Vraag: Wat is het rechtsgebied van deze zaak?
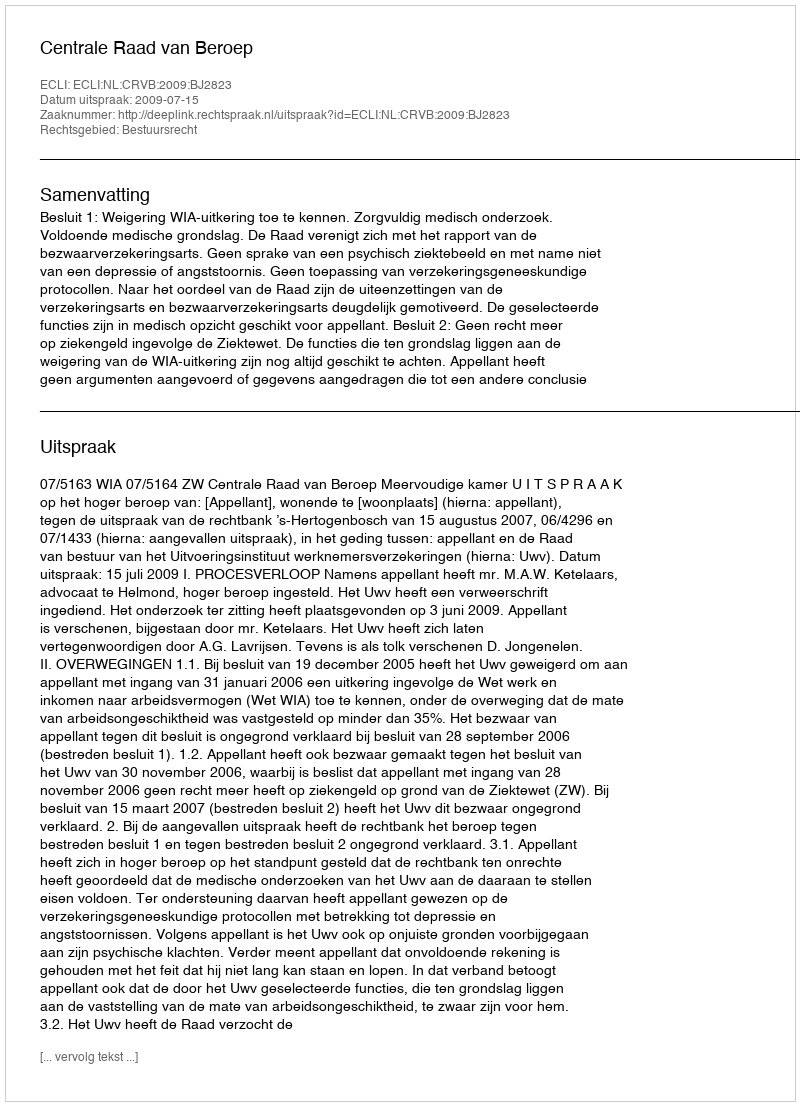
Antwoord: Bestuursrecht